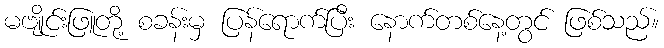
မဗျိုင်းဖြူတို့ စခန်းမှ ပြန်ရောက်ပြီး နောက်တစ်နေ့တွင် ဖြစ်သည်။